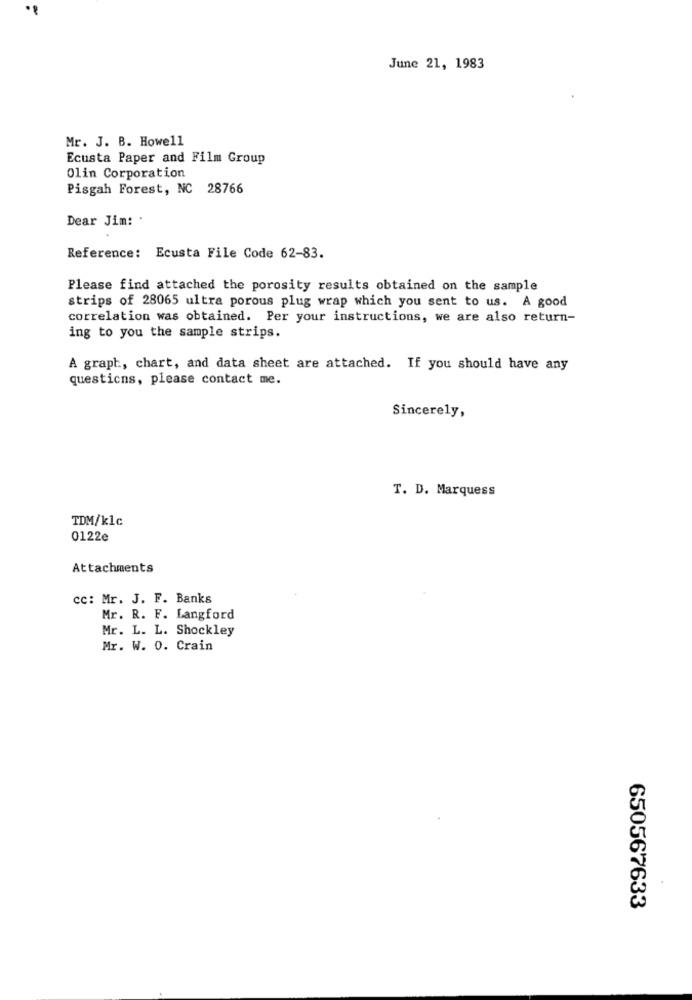
June 21, 1983
Mr. J. B. Howell
Ecusta Paper and Film Group
Olin Corporation
Pisgah Forest, NC 28766
Dear Jim: '
Reference: Ecusta File Code 62-83.
Please find attached the porosity results obtained on the sample
strips of 28065 ultra porous plug wrap which you sent to us. A good
correlation was obtained. Per your instructions, we are also return-
ing to you the sample strips.
A graph, chart, and data sheet are attached. If you should have any
questions, please contact me.
Sincerely,
T. D. Marquess
TDM/klc
0122e
Attachments
cc: Mr. J. F. Banks
Mr. R. F. Langford
Mr. L. L. Shockley
Mr. W. 0. Crain
650567633